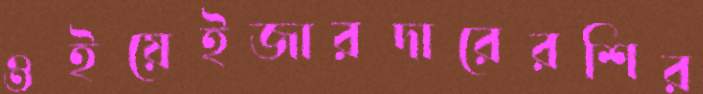
ওইয়েইজারদারেরশির